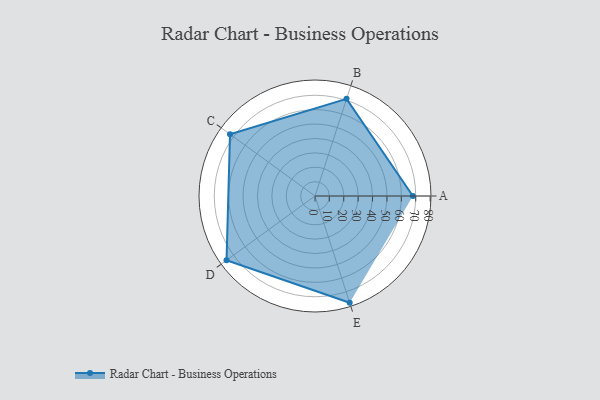
{"axis": {"x": "Skill", "y": "Score"}, "legend": ["Profile"], "data": [{"x": "A", "y": 68.0, "type": "Profile"}, {"x": "B", "y": 71.0, "type": "Profile"}, {"x": "C", "y": 73.0, "type": "Profile"}, {"x": "D", "y": 76.0, "type": "Profile"}, {"x": "E", "y": 78.0, "type": "Profile"}]}